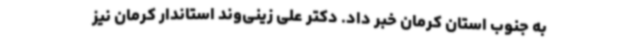
به جنوب استان کرمان خبر داد. دکتر علی زینی‌وند استاندار کرمان نیز